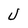
Character: U